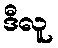
ဒီလူ